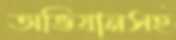
অভিযানসহ